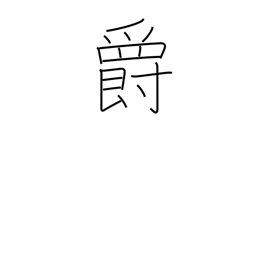
Meaning: baron